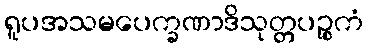
ရူပအသမပေက္ခဏာဒိသုတ္တပဉ္စကံ